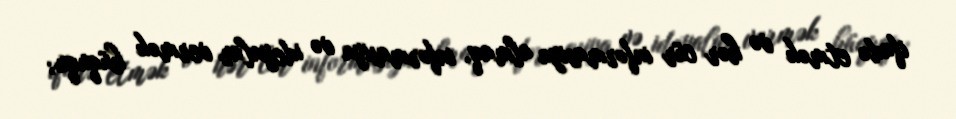
ifadə etmək və hər cür informasiya almaq, informasiya və ideyalar vermək hüququ;